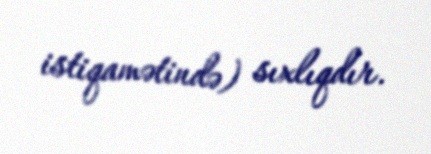
istiqamətində) sıxlıqdır.